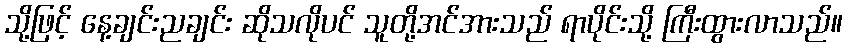
သို့ဖြင့် နေ့ချင်းညချင်း ဆိုသလိုပင် သူတို့အင်အားသည် ရာပိုင်းသို့ ကြီးထွားလာသည်။